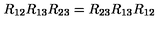
R _ { 1 2 } R _ { 1 3 } R _ { 2 3 } = R _ { 2 3 } R _ { 1 3 } R _ { 1 2 }